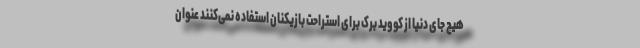
هیچ جای دنیا از کووید برک برای استراحت بازیکنان استفاده نمی‌کنند عنوان